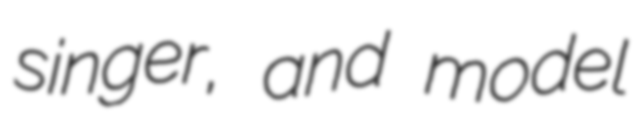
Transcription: singer, and model